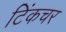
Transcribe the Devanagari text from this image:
टिंकचर